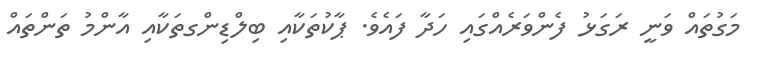
މަގުތައް ވަނީ ރަގަޅު ފެންވަރެއްގައި ހަދާ ފައެވެ. ޕާކުތަކާއި ބިލްޑިންގތަކާއި އާންމު ތަންތައް